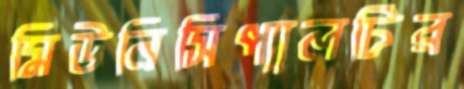
মিউনিসিপ্যালটির